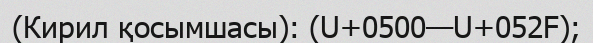
(Кирил қосымшаcы): (U+0500—U+052F);